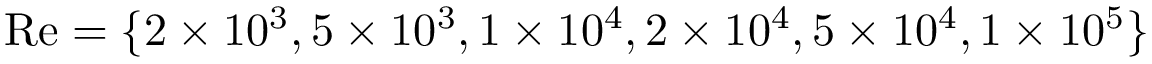
{ \mathrm { R e } } = \{ 2 \times 1 0 ^ { 3 } , 5 \times 1 0 ^ { 3 } , 1 \times 1 0 ^ { 4 } , 2 \times 1 0 ^ { 4 } , 5 \times 1 0 ^ { 4 } , 1 \times 1 0 ^ { 5 } \}